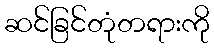
ဆင်ခြင်တုံတရားကို